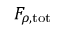
F _ { \rho , \mathrm { t o t } }